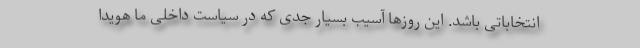
انتخاباتی باشد. این روزها آسیب بسیار جدی که در سیاست داخلی ما هویدا